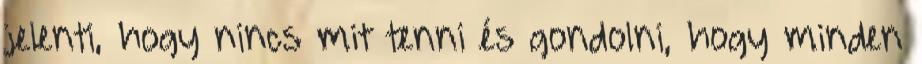
jelenti, hogy nincs mit tenni és gondolni, hogy minden